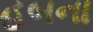
હબના